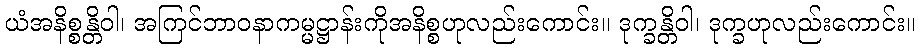
ယံအနိစ္စန္တိဝါ၊ အကြင်ဘာဝနာကမ္မဋ္ဌာန်းကိုအနိစ္စဟုလည်းကောင်း။ ဒုက္ခန္တိဝါ၊ ဒုက္ခဟုလည်းကောင်း။